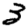
Digit: 3